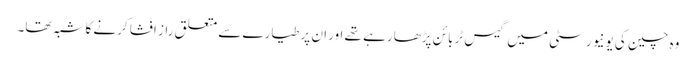
وہ چین کی یونیورسٹی میں گیس ٹربائن پڑھا رہے تھے اور ان پر طیارے سے متعلق راز افشا کرنے کا شبہ تھا۔